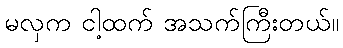
မလှက ငါ့ထက် အသက်ကြီးတယ်။